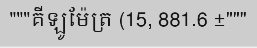
"""គីឡូម៉ែត្រ (15, 881.6 ±"""